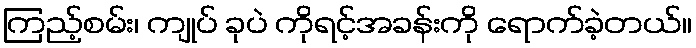
ကြည့်စမ်း၊ ကျုပ် ခုပဲ ကိုရင့်အခန်းကို ရောက်ခဲ့တယ်။